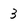
Character: 3